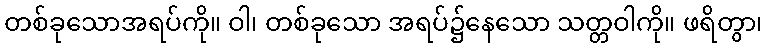
တစ်ခုသောအရပ်ကို။ ဝါ၊ တစ်ခုသော အရပ်၌နေသော သတ္တဝါကို။ ဖရိတွာ၊